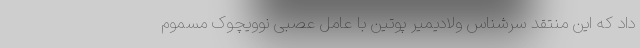
داد که این منتقد سرشناس ولادیمیر پوتین با عامل عصبی نوویچوک مسموم